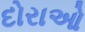
દોરાઓ